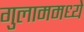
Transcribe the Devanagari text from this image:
गुलाममध्ये